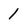
Character: 1